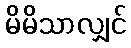
မိမိသာလျှင်